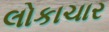
લોકાચાર